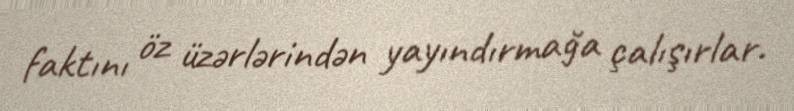
faktını öz üzərlərindən yayındırmağa çalışırlar.